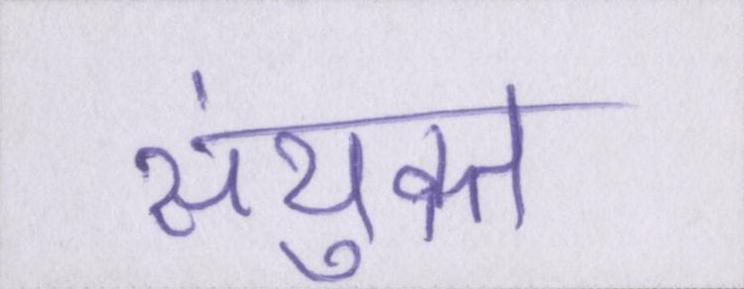
संयुक्त